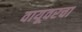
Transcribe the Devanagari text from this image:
वायूवरचा